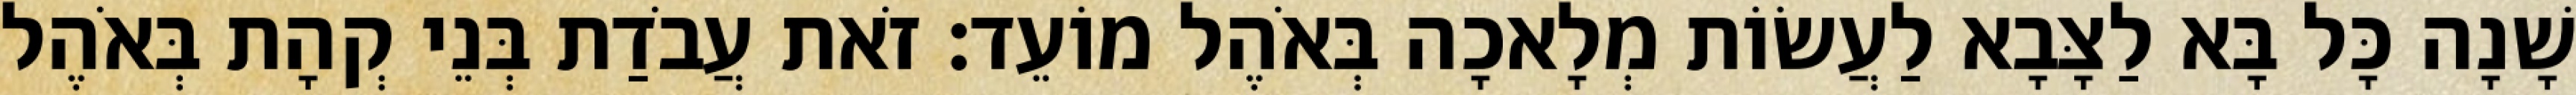
שָׁנָה כָּל בָּא לַצָּבָא לַעֲשׂוֹת מְלָאכָה בְּאֹהֶל מוֹעֵד׃ זֹאת עֲבֹדַת בְּנֵי קְהָת בְּאֹהֶל